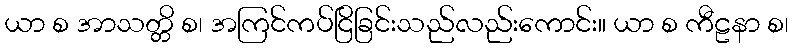
ယာ စ အာသတ္တိ စ၊ အကြင်ကပ်ငြိခြင်းသည်လည်းကောင်း။ ယာ စ ကီဠနာ စ၊